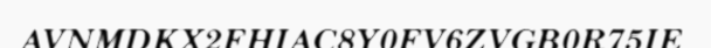
AVNMDKX2FHIAC8Y0FV6ZVGB0R75IE